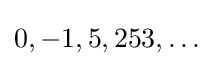
0,-1,5,253,\ldots